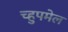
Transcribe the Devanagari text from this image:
च्हुपमेल